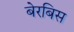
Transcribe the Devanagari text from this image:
बेरबिस